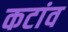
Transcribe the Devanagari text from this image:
कटांव